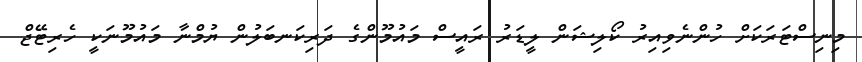
މިނިސްޓަރަކަށް ހުންނެވިއިރު ކޯލިޝަން ލީޑަރު ރައީސް މައުމޫންގެ ދަރިކަނބަލުން ޔުމްނާ މައުމޫނަކީ ހެރިޓޭޖް